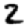
Digit: 2